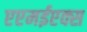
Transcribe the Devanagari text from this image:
एएमईएक्स